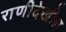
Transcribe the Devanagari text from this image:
राणीदेखील